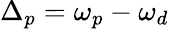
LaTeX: \Delta_{p}=\omega_{p}-\omega_{d}